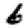
Digit: 6